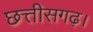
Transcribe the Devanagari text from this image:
छत्तीसगढ़।